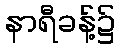
နာရီခန့်၌